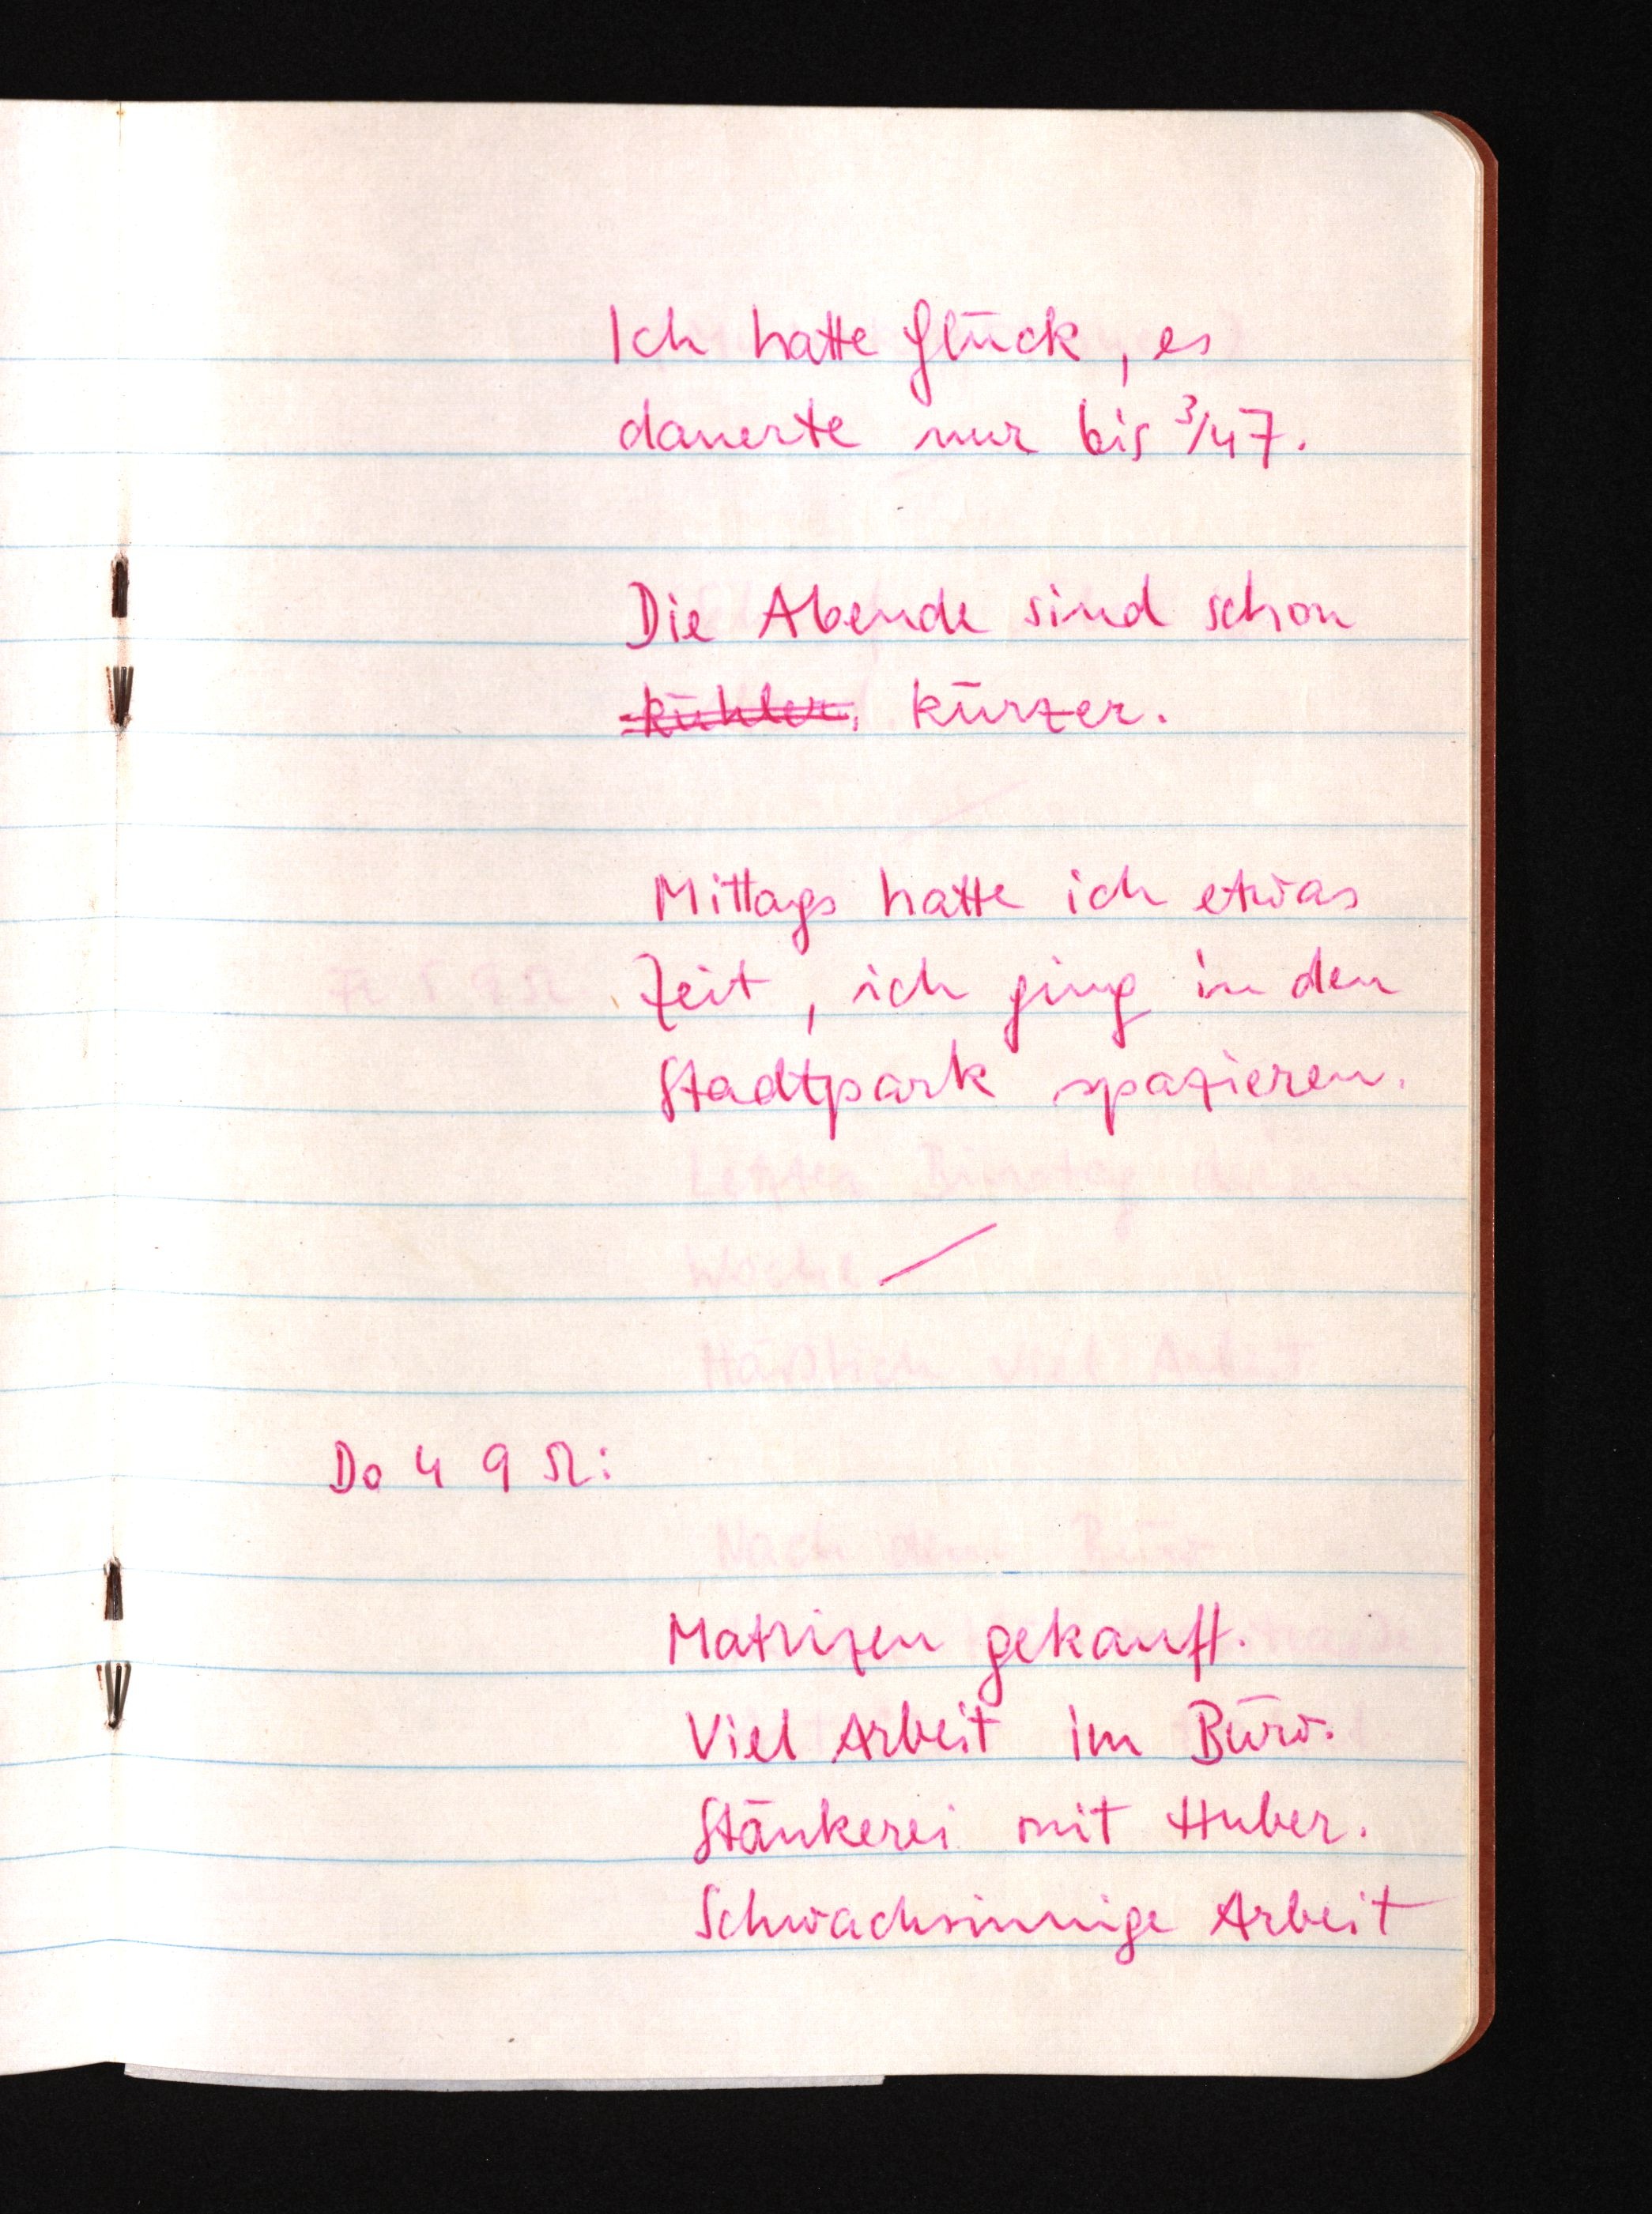
Ich hatte Glück, es
dauerte nur bis 3/4 7.
Die Abende sind schon
kühler, kürzer.
Mittags hatte ich etwas
Zeit, ich ging in den
Stadtpark spazieren.
Do 4 9 52:
Matrizen gekauft.
Viel Arbeit im Büro.
Stänkerei mit Huber.
Schwachsinnige Arbeit